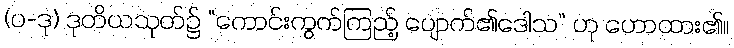
(ပ-ဒု) ဒုတိယသုတ်၌ “ကောင်းကွက်ကြည့် ပျောက်၏ဒေါသ” ဟု ဟောထား၏။